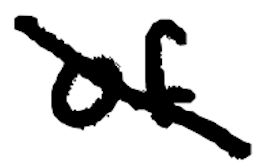
Text: of
Cross-out: diagonal
Writing tool: digital_black